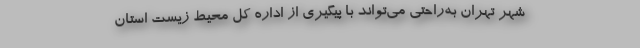
شهر تهران به‌راحتی می‌تواند با پیگیری از اداره کل محیط‌ زیست استان